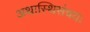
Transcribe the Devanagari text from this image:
अथास्थिसंचयः